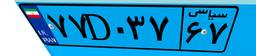
۷۷D۰۳۷۶۷